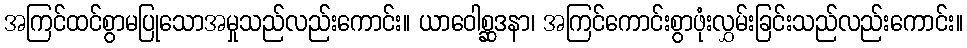
အကြင်ထင်စွာမပြုသောအမှုသည်လည်းကောင်း။ ယာဝေါစ္ဆဒနာ၊ အကြင်ကောင်းစွာဖုံးလွှမ်းခြင်းသည်လည်းကောင်း။